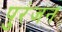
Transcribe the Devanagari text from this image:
पुरंजन